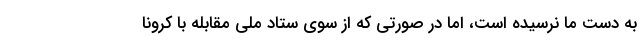
به دست ما نرسیده است، اما در صورتی که از سوی ستاد ملی مقابله با کرونا